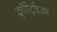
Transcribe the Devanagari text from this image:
क्लॉस्ट्रिडिअम